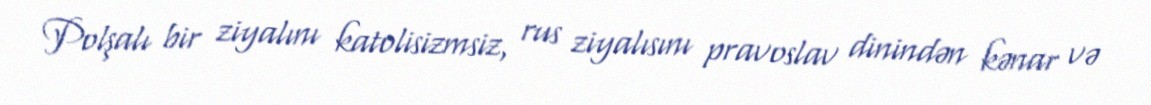
Polşalı bir ziyalını katolisizmsiz, rus ziyalısını pravoslav dinindən kənar və